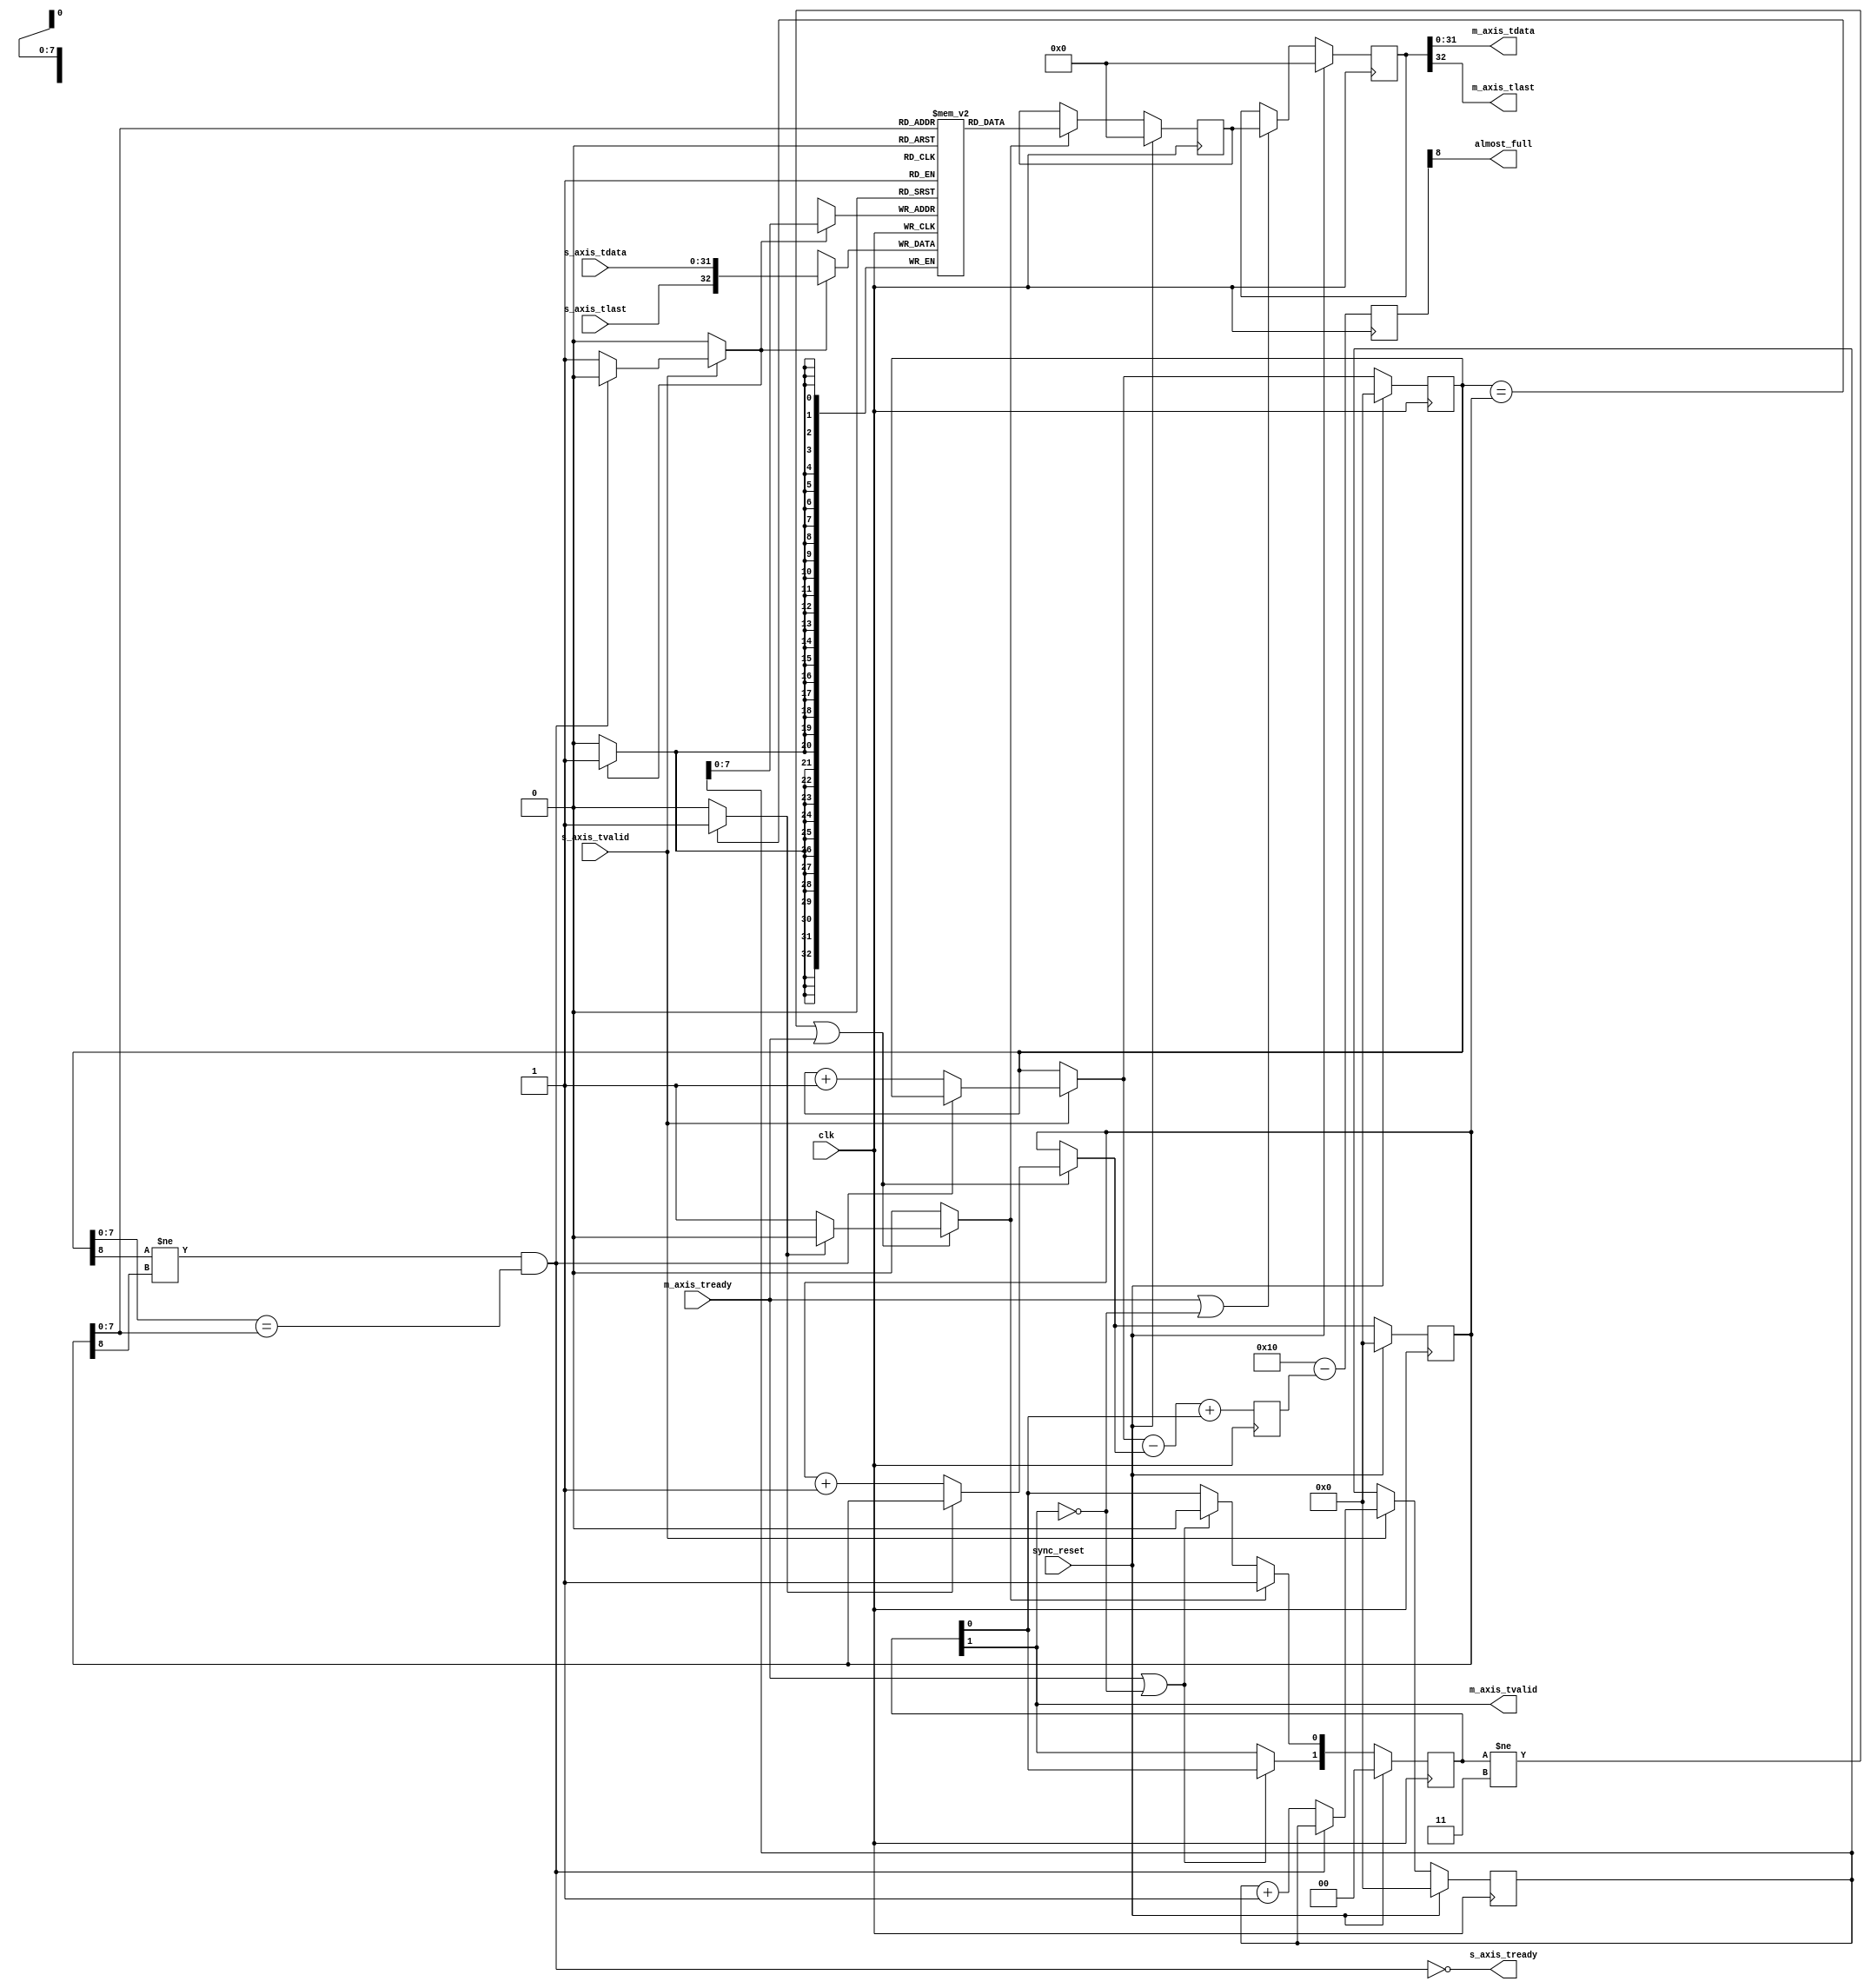

//     Licensed to the Apache Software Foundation (ASF) under one
// or more contributor license agreements.  See the NOTICE file
// distributed with this work for additional information
// regarding copyright ownership.  The ASF licenses this file
// to you under the Apache License, Version 2.0 (the
// "License"); you may not use this file except in compliance
// with the License.  You may obtain a copy of the License at
// 
//   http://www.apache.org/licenses/LICENSE-2.0
// 
// Unless required by applicable law or agreed to in writing,
// software distributed under the License is distributed on an
// "AS IS" BASIS, WITHOUT WARRANTIES OR CONDITIONS OF ANY
// KIND, either express or implied.  See the License for the
// specific language governing permissions and limitations
// under the License.  

/*****************************************************************************/
//
// File        : axi_fifo_3
// Description : Generates FIFO with AXI interface. 
//
//                Latency = 3.
//
/*****************************************************************************/

module axi_fifo_3
#( parameter DATA_WIDTH=32,
   parameter ALMOST_FULL_THRESH=16,
   parameter ADDR_WIDTH=8)
(
    input clk,
    input sync_reset,
    
    input s_axis_tvalid,
    input [DATA_WIDTH-1:0] s_axis_tdata,
    input s_axis_tlast,
    output s_axis_tready,
    output almost_full,

    output m_axis_tvalid,
    output [DATA_WIDTH-1:0] m_axis_tdata,
    output m_axis_tlast,
    input m_axis_tready
);

localparam ADDR_P1 = ADDR_WIDTH + 1;
localparam FIFO_WIDTH = DATA_WIDTH + 1;
localparam FIFO_MSB = FIFO_WIDTH - 1;
localparam ADDR_MSB = ADDR_WIDTH - 1;
localparam DEPTH = 2 ** ADDR_WIDTH;
localparam [ADDR_WIDTH:0] high_thresh = ALMOST_FULL_THRESH;

reg [ADDR_WIDTH:0] data_cnt_s = {{ADDR_P1{{1'b0}}}};
reg [ADDR_P1:0] high_compare;
reg [ADDR_WIDTH:0] wr_ptr = 0, next_wr_ptr;
reg [ADDR_WIDTH:0] wr_addr = 0, next_wr_addr;
reg [ADDR_WIDTH:0] rd_ptr = 0, next_rd_ptr;

(* ram_style = "block" *) reg [FIFO_MSB:0] buffer [DEPTH-1:0];
wire [FIFO_MSB:0] wr_data;

// full when first MSB different but rest same
wire full;
// empty when pointers match exactly
wire empty;

// control signals
reg wr;
reg rd;
reg [1:0] occ_reg = 2'b00, next_occ_reg;
reg [FIFO_MSB:0] data_d0, data_d1, next_data_d0, next_data_d1;

// control signals
assign full = ((wr_ptr[ADDR_WIDTH] != rd_ptr[ADDR_WIDTH]) && (wr_ptr[ADDR_MSB:0] == rd_ptr[ADDR_MSB:0]));
assign s_axis_tready = ~full;
assign m_axis_tvalid = occ_reg[1];
assign empty = (wr_ptr == rd_ptr) ? 1'b1 : 1'b0;

assign wr_data = {s_axis_tlast, s_axis_tdata};
assign m_axis_tdata = data_d1[DATA_WIDTH-1:0];
assign m_axis_tlast = data_d1[FIFO_MSB];
assign almost_full = high_compare[ADDR_WIDTH];

integer i;
initial begin
    for (i = 0; i < DEPTH; i=i+1) begin
        buffer[i] = 0;
    end
end

// Write logic
always @* begin
    wr = 1'b0;
    next_wr_ptr = wr_ptr;
    next_wr_addr = wr_addr;

    if (s_axis_tvalid) begin
        // input data valid
        if (~full) begin
            // not full, perform write
            wr = 1'b1;
            next_wr_ptr = wr_ptr + 1;
            next_wr_addr = wr_addr + 1;
        end
    end
end

// Data Cnt Logic
always @(posedge clk) begin
    data_cnt_s <= next_wr_ptr - next_rd_ptr + occ_reg[0];
    high_compare <= high_thresh - data_cnt_s;
end

always @(posedge clk) begin
    if (sync_reset) begin
        wr_ptr <= 0;
        wr_addr <= 0;
        occ_reg <= 0;
        data_d0 <= 0;
        data_d1 <= 0;
    end else begin
        wr_ptr <= next_wr_ptr;
        wr_addr <= next_wr_addr;
        occ_reg <= next_occ_reg;
        data_d0 <= next_data_d0;
        data_d1 <= next_data_d1;
    end

    if (wr) begin
        buffer[wr_addr[ADDR_MSB:0]] <= wr_data;
    end
end

// Read logic
always @* begin
    rd = 1'b0;
    next_rd_ptr = rd_ptr;
    next_occ_reg[0] = occ_reg[0];
    next_occ_reg[1] = occ_reg[1];
    next_data_d0 = data_d0;
    next_data_d1 = data_d1;
    if (occ_reg != 2'b11 | m_axis_tready == 1'b1) begin
        // output data not valid OR currently being transferred
        if (~empty) begin
            // not empty, perform read
            rd = 1'b1;
            next_rd_ptr = rd_ptr + 1;
        end
    end

    if (rd) begin
        next_occ_reg[0] = 1'b1;
    end else if (m_axis_tready == 1'b1 || occ_reg[1] == 1'b0) begin
        next_occ_reg[0] = 1'b0;
    end
    if (m_axis_tready == 1'b1 || occ_reg[1] == 1'b0) begin
        next_occ_reg[1] = occ_reg[0];
    end

    if (rd) begin
        next_data_d0 = buffer[rd_ptr[ADDR_MSB:0]];
    end
    if (m_axis_tready | ~occ_reg[1]) begin
        next_data_d1 = data_d0;
    end
end

always @(posedge clk) begin
    if (sync_reset) begin
        rd_ptr <= 0;
    end else begin
        rd_ptr <= next_rd_ptr;
    end

end


endmodule